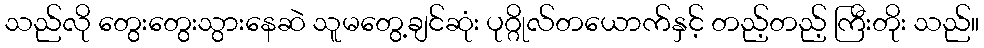
သည်လို တွေးတွေးသွားနေဆဲ သူမတွေ့ချင်ဆုံး ပုဂ္ဂိုလ်တယောက်နှင့် တည့်တည့် ကြီးတိုး သည်။